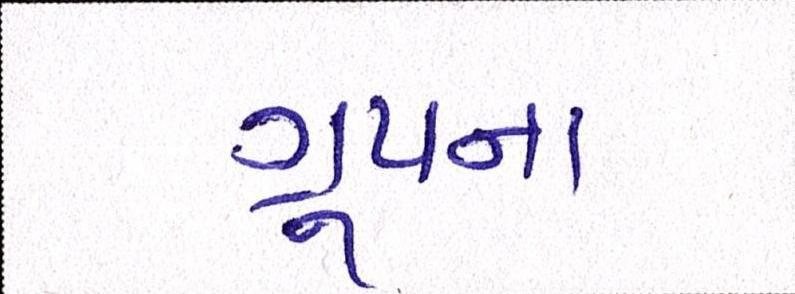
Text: ગ્રૂપના